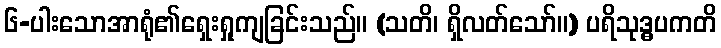
၆-ပါးသောအာရုံ၏ရှေးရှုကျခြင်းသည်။ (သတိ၊ ရှိလတ်သော်။) ပရိသုဒ္ဓပကတိ